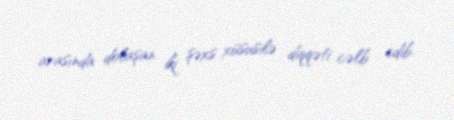
arasında dolaşan iki şəxs xüsusilə diqqəti cəlb edib.